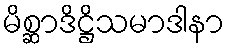
မိစ္ဆာဒိဋ္ဌိသမာဒါနာ